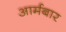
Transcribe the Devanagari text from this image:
आर्मबार